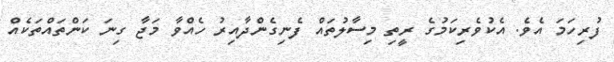
ފުރިހަމަ އެވެ. އެކުވެރިކަމުގެ ރީތި މިސާލުތައް ފެނިގެންދާއިރު ހެއްވާ މަޖާ ގިނަ ކަންތައްތަކެއް